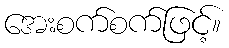
အေးစက်စက်ဖြင့်။